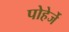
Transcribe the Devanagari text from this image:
पोहेर्जे